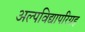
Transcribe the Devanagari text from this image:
अल्पविद्यापरिग्रह